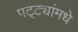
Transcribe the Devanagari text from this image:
पट्ट्यांमधे